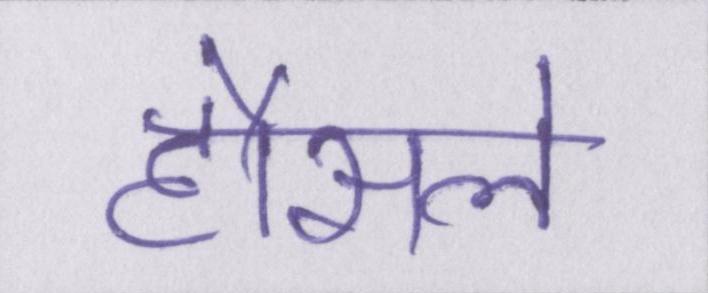
हौसले